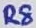
Text: R8